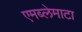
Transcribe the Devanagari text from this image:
एमब्लेमाटा